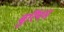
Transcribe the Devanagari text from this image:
बुर्रियम